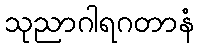
သုညာဂါရဂတာနံ